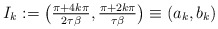
\begin{align*} I_k := \big(\tfrac{\pi + 4k \pi}{2 \tau \beta}, \tfrac{\pi + 2 k\pi}{\tau \beta} \big) \equiv (a_k,b_k) \end{align*}